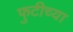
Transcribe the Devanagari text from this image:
फुटीच्या